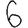
Digit: 6